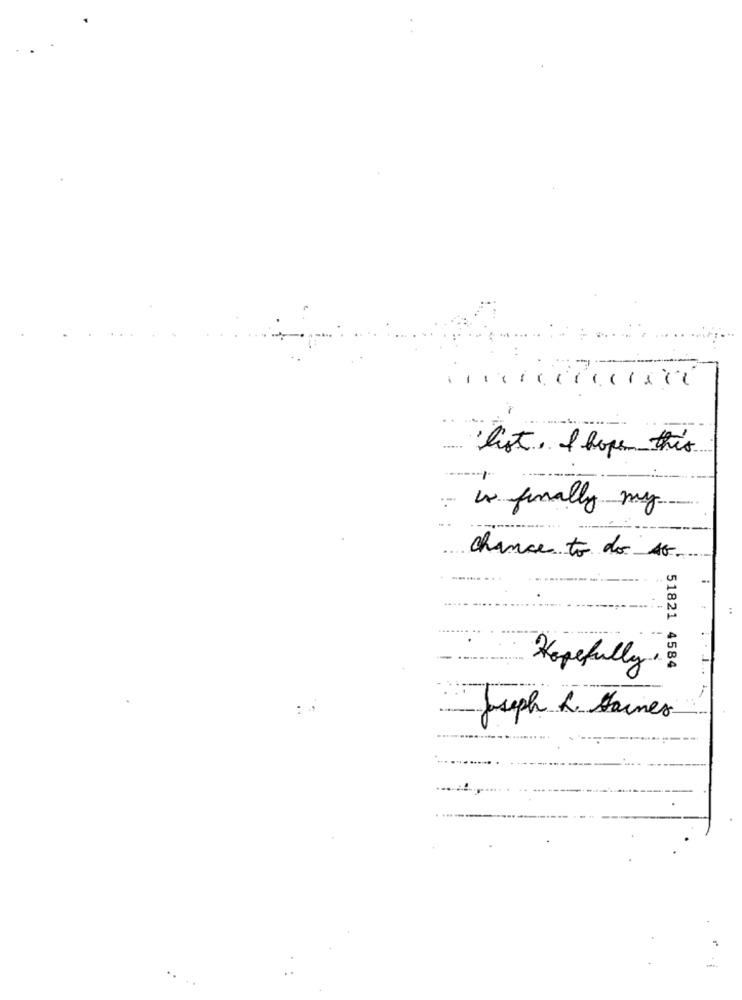
list . I hope this
is finally my
chance to do so.
51821 4584
Hopefully.
Joseph L. Haines